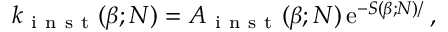
k _ { \mathrm { ~ i ~ n ~ s ~ t ~ } } ( \beta ; N ) = A _ { \mathrm { ~ i ~ n ~ s ~ t ~ } } ( \beta ; N ) \, \mathrm { e } ^ { - S ( \beta ; N ) / \mathrm { \hbar } } ,